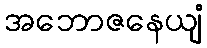
အဘောဇနေယျံ